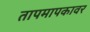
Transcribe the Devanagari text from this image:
तापमापकावर